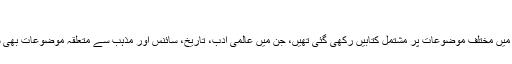
"
کتب خانے میں مختلف موضوعات پر مشتمل کتابیں رکھی گئی تھیں، جن میں عالمی ادب، تاریخ، سائنس اور مذہب سے متعلقہ موضوعات بھی شامل تھے۔